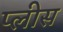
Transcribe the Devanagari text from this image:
प्लीस